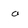
Character: a